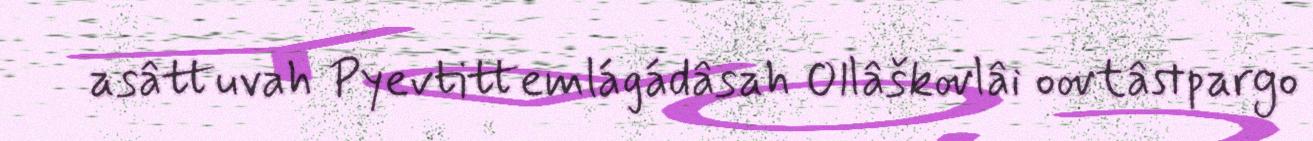
asâttuvah Pyevtittemlágádâsah Ollâškovlâi oovtâstpargo